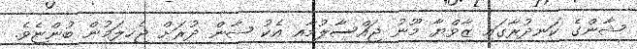
ޝާންގެ ކަނދުރާގައި ޒާވްޔާ މޫނު ޖައްސާލުމާއި އެކު ޝާން ދުރަށް ޖެހިލަމުން ބުންޏެވެ.